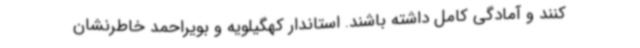
کنند و آمادگی کامل داشته باشند. استاندار کهگیلویه و بویراحمد خاطرنشان